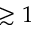
\gtrsim 1